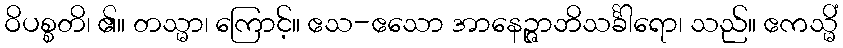
ဝိပစ္စတိ၊ ၏။ တသ္မာ၊ ကြောင့်။ ဧသ-ဧသော အာနေဉ္ဇာဘိသင်္ခါရော၊ သည်။ ဧကသ္မိံ